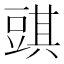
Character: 𧯯